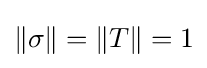
\|\sigma \|=\|T\|=1